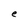
Character: e